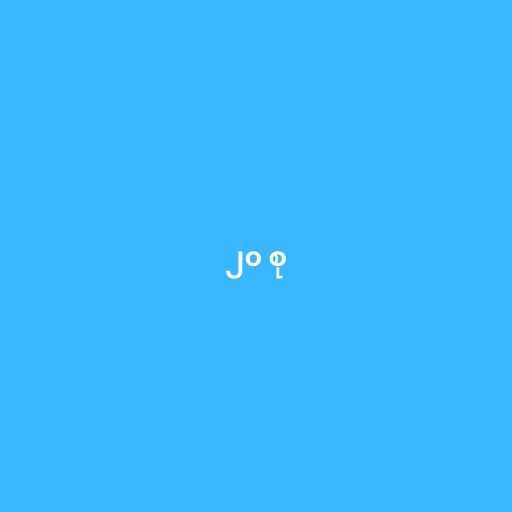
၂၀ စု